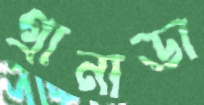
গ্রানাডা